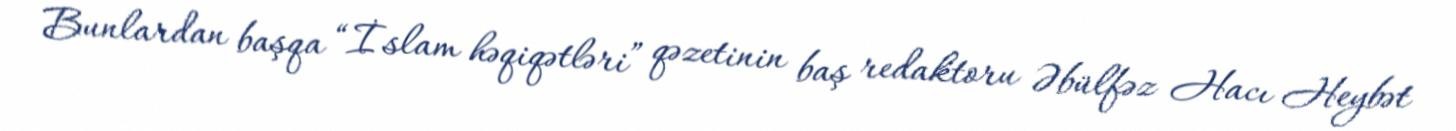
Bunlardan başqa “İslam həqiqətləri” qəzetinin baş redaktoru Əbülfəz Hacı Heybət